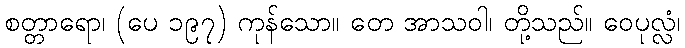
စတ္တာရော၊ (ပေ ၁၉၇) ကုန်သော။ တေ အာသဝါ၊ တို့သည်။ ဝေပုလ္လံ၊